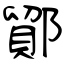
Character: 鄮